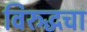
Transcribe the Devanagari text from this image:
विरुद्धचा